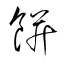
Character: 餠